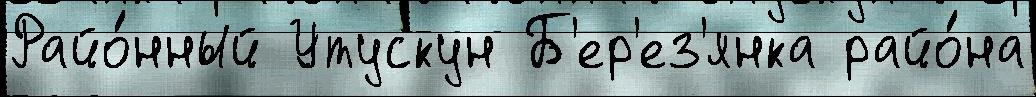
Райо́нный Утускун Б'ер'ез'янка райо́на